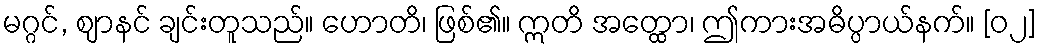
မဂ္ဂင်, ဈာနင် ချင်းတူသည်။ ဟောတိ၊ ဖြစ်၏။ ဣတိ အတ္ထော၊ ဤကားအဓိပ္ပာယ်နက်။ [၀၂]